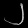
Digit: ၂